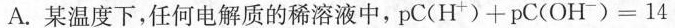
A.某温度下，任何电解质的稀溶液中， $$p C ( H ^ { + } ) + p C ( O H ^ { - } ) = 1 4$$